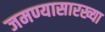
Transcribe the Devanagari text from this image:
जमण्यासारख्या